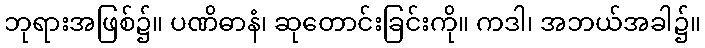
ဘုရားအဖြစ်၌။ ပဏိဓာနံ၊ ဆုတောင်းခြင်းကို။ ကဒါ၊ အဘယ်အခါ၌။